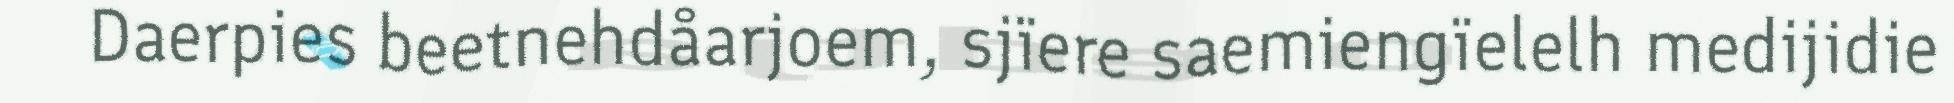
Daerpies beetnehdåarjoem, sjïere saemiengïelelh medijidie